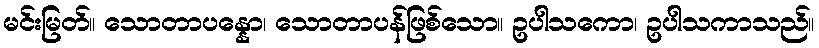
မင်းမြတ်။ သောတာပန္နော၊ သောတာပန်ဖြစ်သော။ ဥပါသကော၊ ဥပါသကာသည်။